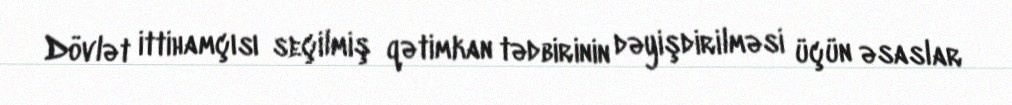
Dövlət ittihamçısı seçilmiş qətimkan tədbirinin dəyişdirilməsi üçün əsaslar